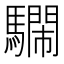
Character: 𩦔